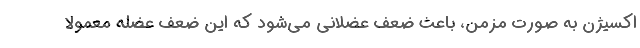
اکسیژن به صورت مزمن، باعث ضعف عضلانی می‌شود که این ضعف عضله معمولا